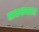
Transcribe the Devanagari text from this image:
साकळवतात